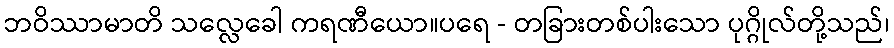
ဘဝိဿာမာတိ သလ္လေခေါ ကရဏီယော။ပရေ - တခြားတစ်ပါးသော ပုဂ္ဂိုလ်တို့သည်၊